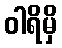
ဝါရိမှိ